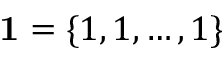
\mathbf { 1 } = \{ 1 , 1 , \dots , 1 \}